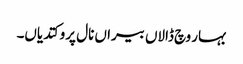
بہار وچ ڈالاں بیراں نال پرو کتدیاں۔